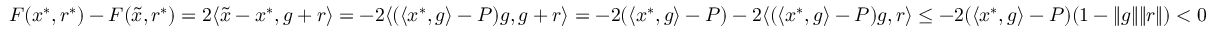
F ( x ^ { * } , r ^ { * } ) - F ( \tilde { x } , r ^ { * } ) = 2 \langle \tilde { x } - x ^ { * } , g + r \rangle = - 2 \langle ( \langle x ^ { * } , g \rangle - P ) g , g + r \rangle = - 2 ( \langle x ^ { * } , g \rangle - P ) - 2 \langle ( \langle x ^ { * } , g \rangle - P ) g , r \rangle \leq - 2 ( \langle x ^ { * } , g \rangle - P ) ( 1 - \| g \| \| r \| ) < 0